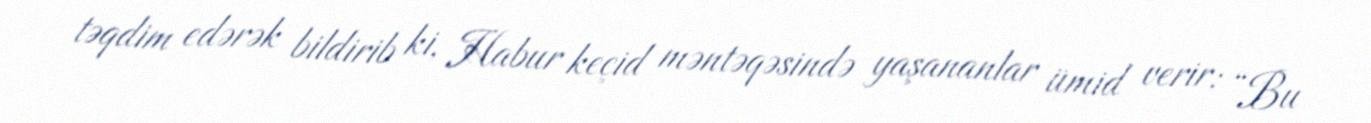
təqdim edərək bildirib ki, Habur keçid məntəqəsində yaşananlar ümid verir: “Bu